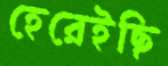
হেরেইছি